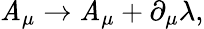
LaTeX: \mathit{A}_{\mu}\rightarrow\mathit{A}_{\mu}+\partial_{\mu}\lambda,